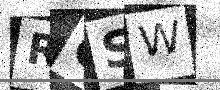
Text: RGSW